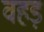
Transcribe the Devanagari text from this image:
वहड़